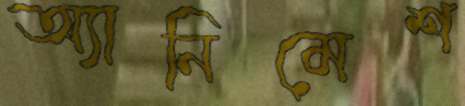
অ্যানিমেশ